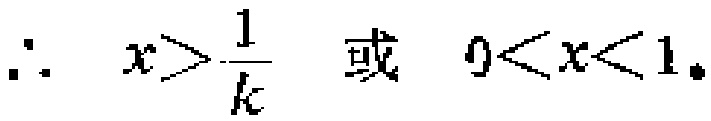
\(\therefore\ x>\frac{1}{k}\ 或\ 0<x<1。\)